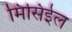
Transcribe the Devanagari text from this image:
मिसिईल